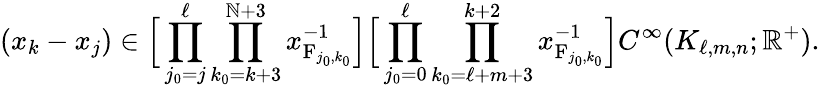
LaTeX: (x_{k}-x_{j})\in\Big[\prod_{j_{0}=j}^{\ell}\prod_{k_{0}=k+3}^{\mathbb{N}+3}x_{\mathrm{{F}}_{j_{0},k_{0}}}^{-1}\Big]\Big[\prod_{j_{0}=0}^{\ell}\prod_{k_{0}=\ell+m+3}^{k+2}x_{\mathrm{{F}}_{j_{0},k_{0}}}^{-1}\Big]C^{\infty}(K_{\ell,m,n};\mathbb{{R}}^{+}).